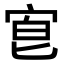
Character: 𡨇